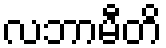
လဘာမီတိ